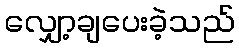
လျှော့ချပေးခဲ့သည်